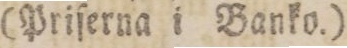
(Priſerna i Banko.)